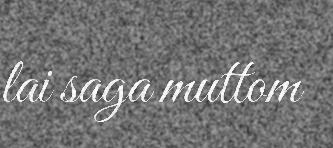
lai saga muttom